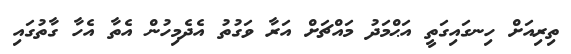
ތިރިއަށް ހިނގައިގަތީ އަޙްމަދު މައްޗަށް އަރާ ވަގުތު އެދެމިހުން އެތާ އެހާ ގާތުގައި